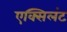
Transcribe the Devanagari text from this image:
एक्सिलंट